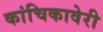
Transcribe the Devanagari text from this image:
कांचिकावेरी